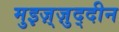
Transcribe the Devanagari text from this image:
मुइज़्ज़ुद्दीन